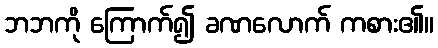
ဘဘကို ကြောက်၍ ခဏလောက် ကစား၏။